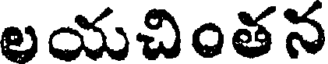
లయచింతన